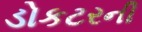
ડોકટરની